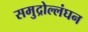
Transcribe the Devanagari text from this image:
समुद्रोल्लंघन